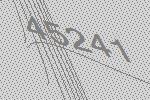
45241